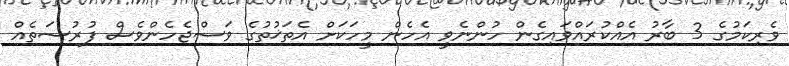
ވެރިކަމުގެ 3 ބާރު އެއްކުރައްވައިގެން ހުންނެވީ އެހެން މީހަކަށް އެތަޚުތުގެ ވަސްޖެހެންވެސް ފުރުސަތެއް